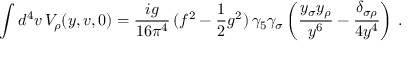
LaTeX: \int d ^ { 4 } v \, V _ { \rho } ( y , v , 0 ) = \frac { i g } { 1 6 \pi ^ { 4 } } \, ( f ^ { 2 } - \frac { 1 } { 2 } g ^ { 2 } ) \, \gamma _ { 5 } \gamma _ { \sigma } \left( \frac { y _ { \sigma } y _ { \rho } } { y ^ { 6 } } - \frac { \delta _ { \sigma \rho } } { 4 y ^ { 4 } } \right) \, .